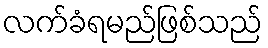
လက်ခံရမည်ဖြစ်သည်